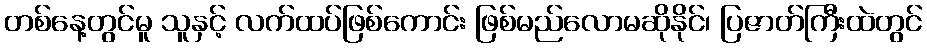
တစ်နေ့တွင်မူ သူနှင့် လက်ထပ်ဖြစ်ကောင်း ဖြစ်မည်လောမဆိုနိုင်၊ ပြဇာတ်ကြီးထဲတွင်